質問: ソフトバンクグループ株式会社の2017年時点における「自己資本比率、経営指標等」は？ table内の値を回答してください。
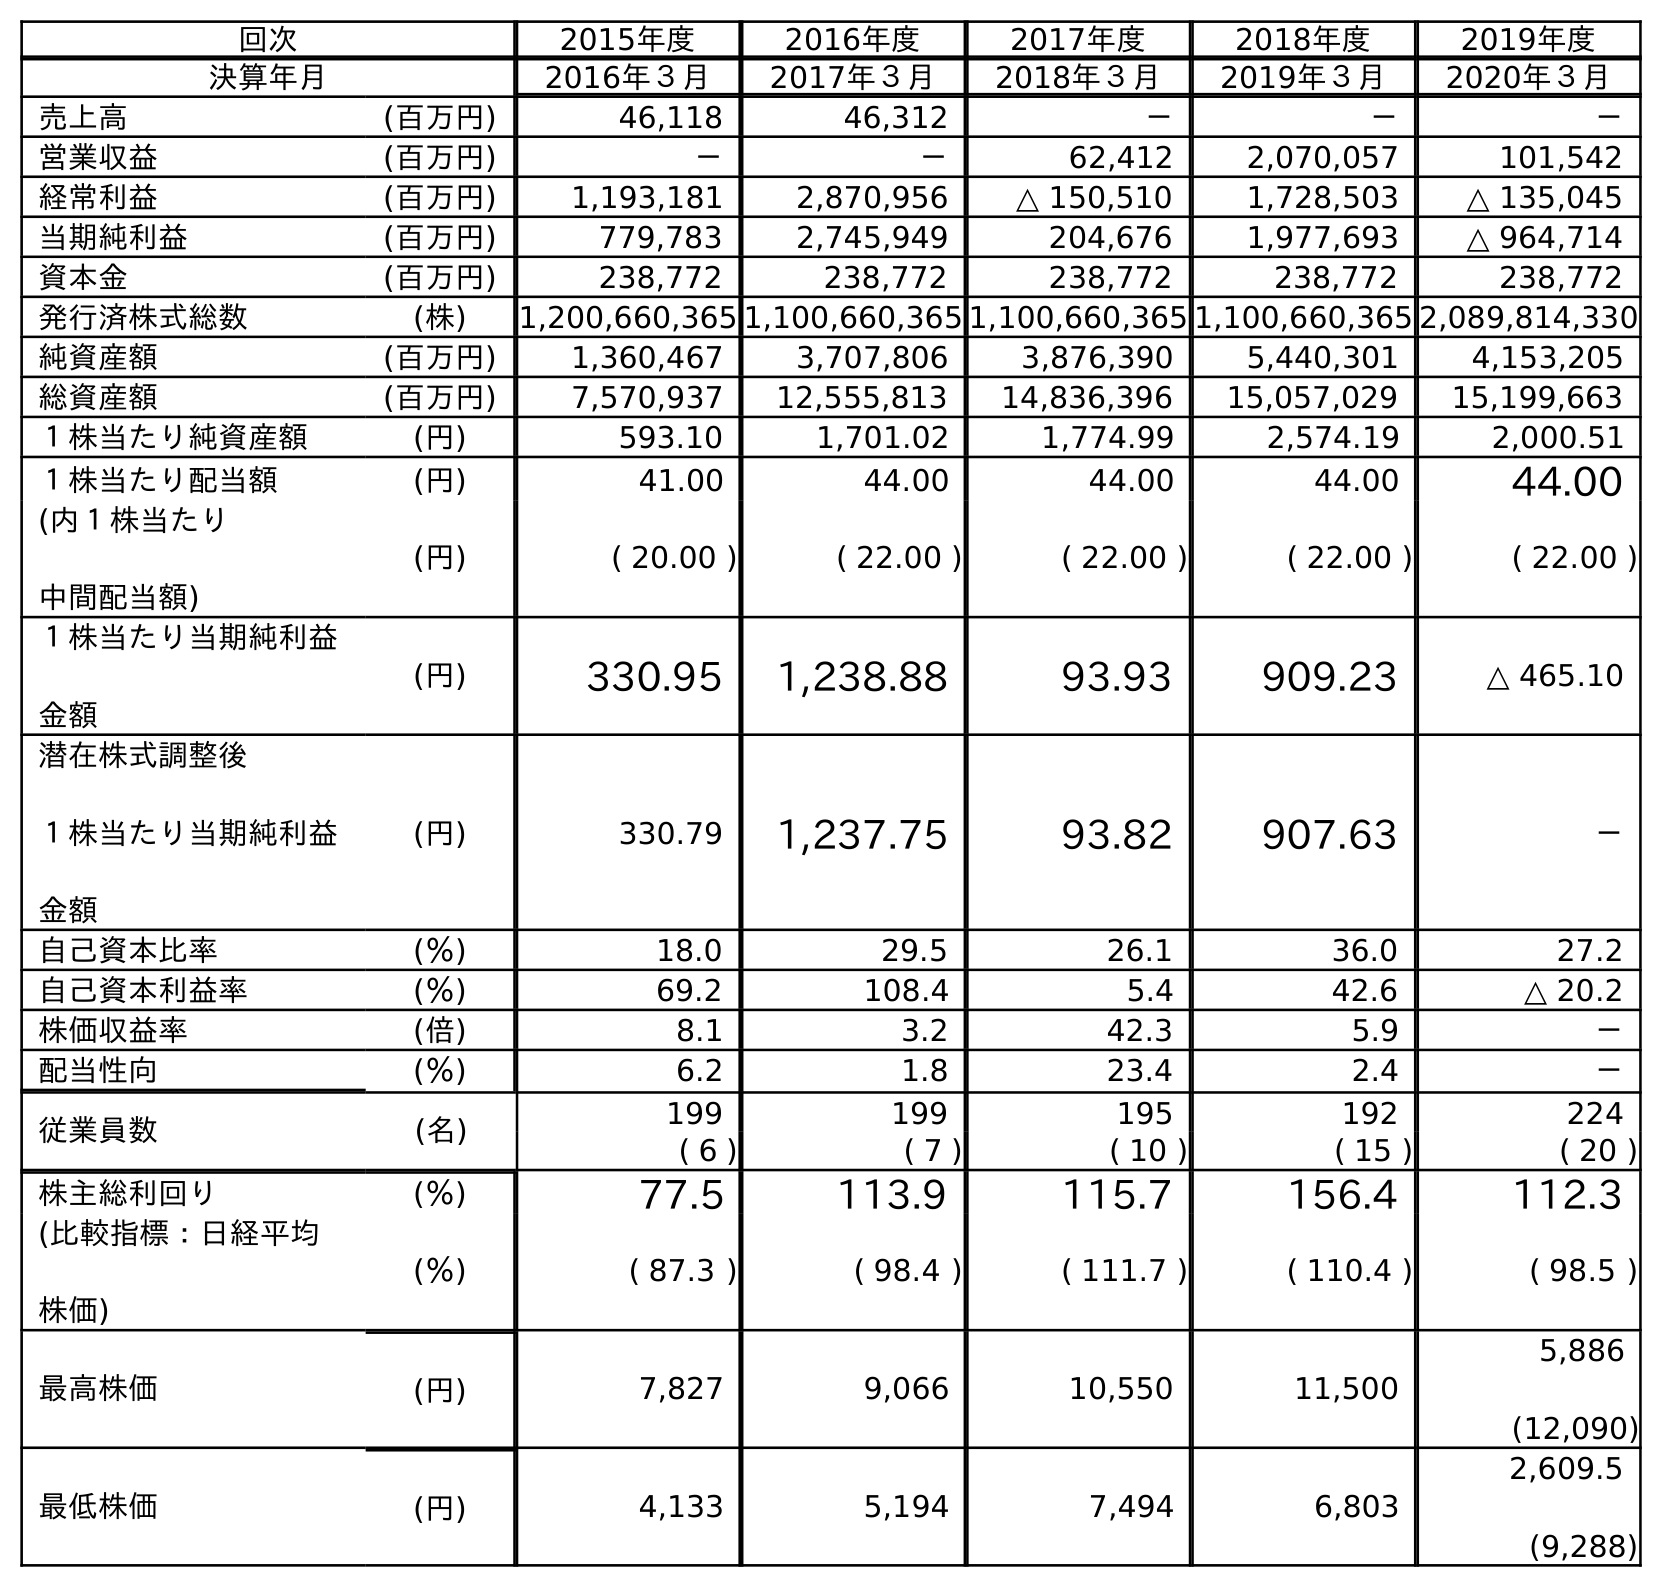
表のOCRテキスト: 回次 2015年度 2016年度 2017年度 2018年度 2019年度 決算年月 2016年３月 2017年３月 2018年３月 2019年３月 2020年３月 売上高 (百万円) 46,118 46,312 － － － 営業収益 (百万円) － － 62,412 2,070,057 101,542 経常利益 (百万円) 1,193,181 2,870,956 △ 150,510 1,728,503 △ 135,045 当期純利益 (百万円) 779,783 2,745,949 204,676 1,977,693 △ 964,714 資本金 (百万円) 238,772 238,772 238,772 238,772 238,772 発行済株式総数 (株) 1,200,660,365 1,100,660,365 1,100,660,365 1,100,660,365 2,089,814,330 純資産額 (百万円) 1,360,467 3,707,806 3,876,390 5,440,301 4,153,205 総資産額 (百万円) 7,570,937 12,555,813 14,836,396 15,057,029 15,199,663 １株当たり純資産額 (円) 593.10 1,701.02 1,774.99 2,574.19 2,000.51 １株当たり配当額 (円) 41.00 44.00 44.00 44.00 44.00 (内１株当たり 中間配当額) (円) ( 20.00 ) ( 22.00 ) ( 22.00 ) ( 22.00 ) ( 22.00 ) １株当たり当期純利益 金額 (円) 330.95 1,238.88 93.93 909.23 △ 465.10 潜在株式調整後 １株当たり当期純利益 金額 (円) 330.79 1,237.75 93.82 907.63 － 自己資本比率 (％) 18.0 29.5 26.1 36.0 27.2 自己資本利益率 (％) 69.2 108.4 5.4 42.6 △ 20.2 株価収益率 (倍) 8.1 3.2 42.3 5.9 － 配当性向 (％) 6.2 1.8 23.4 2.4 － 従業員数 (名) 199 199 195 192 224 ( 6 ) ( 7 ) ( 10 ) ( 15 ) ( 20 ) 株主総利回り (％) 77.5 113.9 115.7 156.4 112.3 (比較指標：日経平均 株価) (％) ( 87.3 ) ( 98.4 ) ( 111.7 ) ( 110.4 ) ( 98.5 ) 最高株価 (円) 7,827 9,066 10,550 11,500 5,886 (12,090) 最低株価 (円) 4,133 5,194 7,494 6,803 2,609.5 (9,288)
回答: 29.5